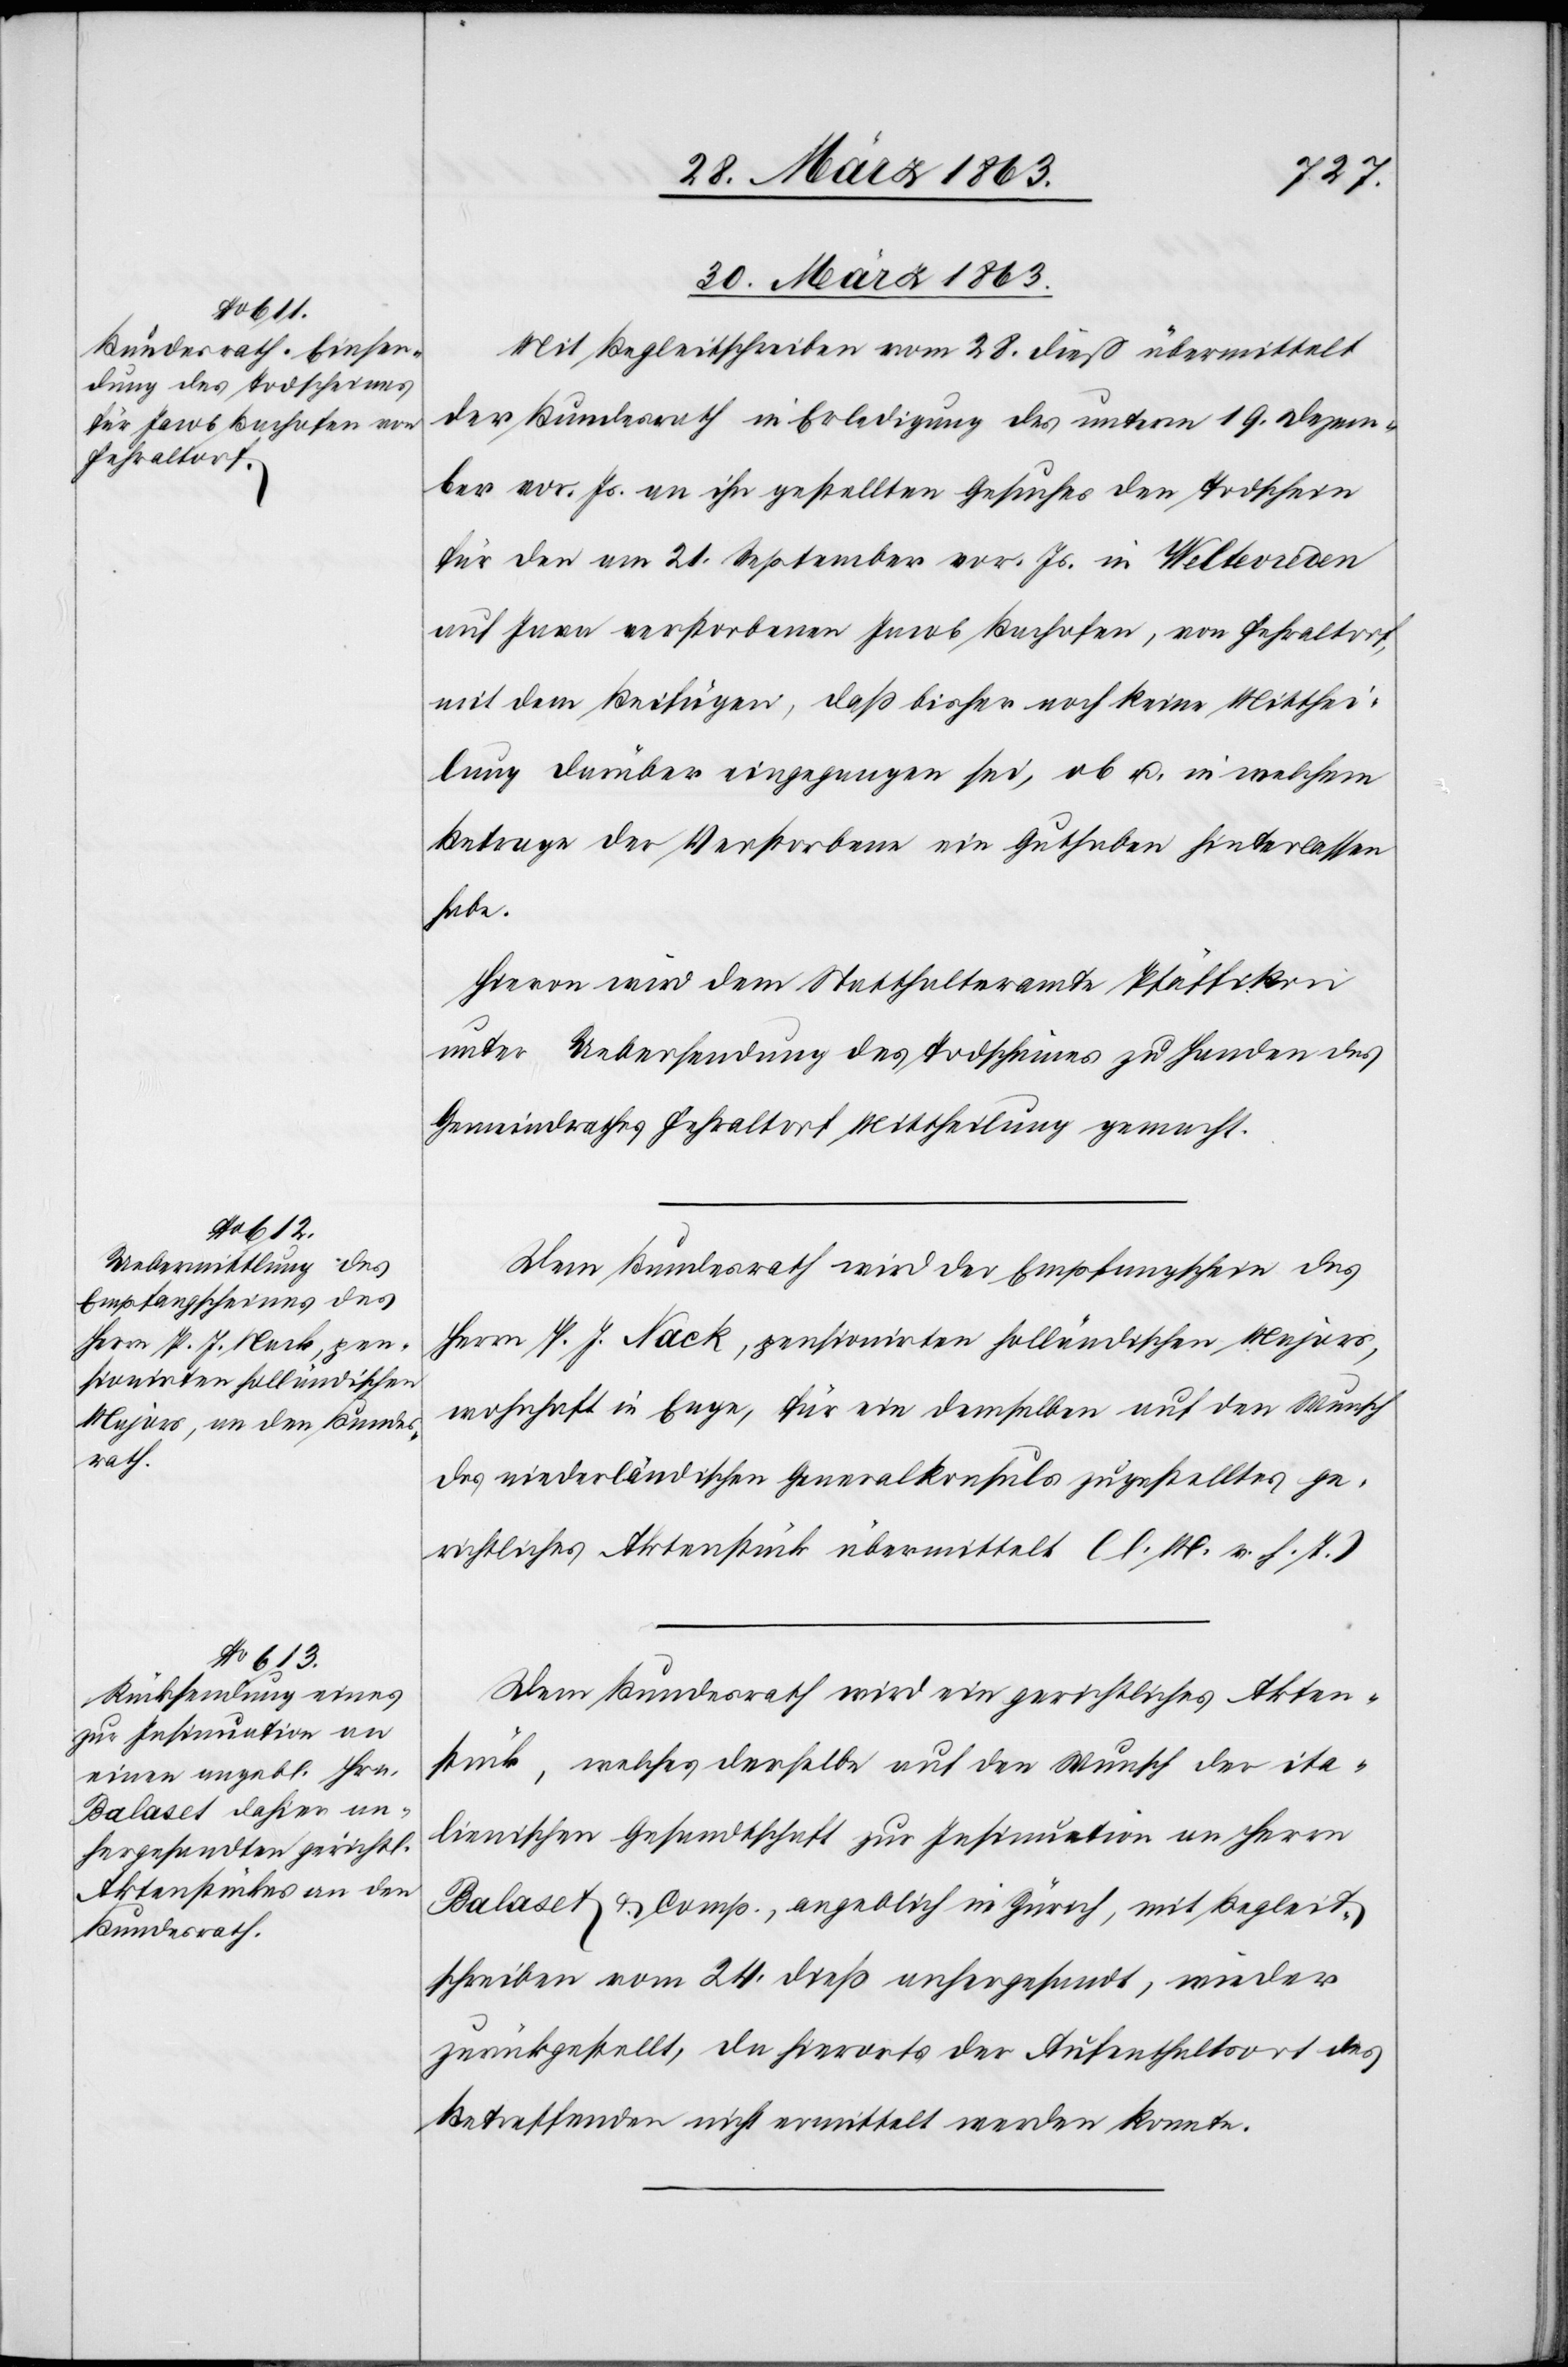
30. März 1863.]
Mit Begleitschreiben vom 28. dieß übermittelt
der Bundesrath in Erledigung des unterm 19. Dezem¬
ber vor. Js. an ihn gestellten Gesuches den Todschein
für den am 21. September vor. Js. in Weltevreden
auf Java verstorbenen Jacob Bachofen, von Fehraltorf,
mit dem Beifügen, daß bisher noch keine Mitthei¬
lung darüber eingegangen sei, ob u. in welchem
Betrage der Verstorbene ein Guthaben hinterlassen
habe.
Hievon wird dem Statthalteramte Pfäffikon
unter Uebersendung des Todscheines zu Handen des
Gemeindrathes Fehraltorf Mittheilung gemacht.
Dem Bundesrath wird der Empfangschein des
Herrn P. J. Nack, pensionirten holländischen Majors,
wohnhaft in Enge, für ein demselben auf den Wunsch
des niederländischen Generalkonsuls zugestelltes ge¬
richtliches Aktenstück übermittelt. (l. M. v. h. T.)
Dem Bundesrath wird ein gerichtliches Akten¬
stück, welches derselbe auf den Wunsch der ita¬
lienischen Gesandtschaft zur Insinuation an Herrn
Balaset & Comp., angeblich in Zürich, mit Begleit¬
schreiben vom 24. dieß anhergesandt, wieder
zurückgestellt, da hierorts der Aufenthaltsort des
Betreffenden nicht ermittelt werden konnte.